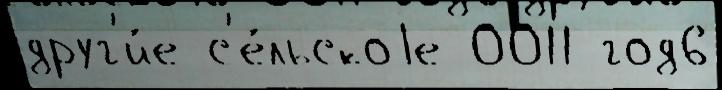
друг'и́е с'е́льскоjе 0011 год6